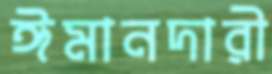
ঈমানদারী